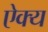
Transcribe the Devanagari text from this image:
ऐक्‍य